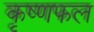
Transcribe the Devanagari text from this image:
कृष्णफल